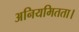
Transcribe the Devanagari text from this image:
अनियमितता।